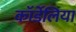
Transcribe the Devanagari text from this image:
कॉर्डेलिया